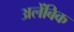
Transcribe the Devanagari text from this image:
अलेंबिक